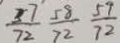
\frac { 3 7 } { 7 2 } \frac { 5 8 } { 7 2 } \frac { 5 9 } { 7 2 }